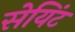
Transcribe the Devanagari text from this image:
सेयिंट